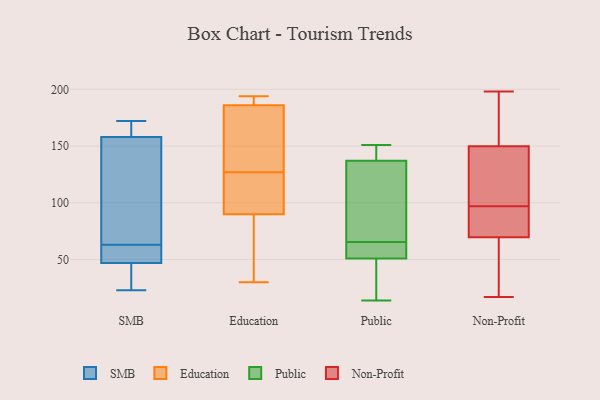
{"axis": {"x": "Production Output", "y": "Value"}, "legend": ["Education", "Non-Profit", "Public", "SMB"], "data": [{"x": "", "y": 52, "type": "SMB"}, {"x": "", "y": 113, "type": "SMB"}, {"x": "", "y": 167, "type": "SMB"}, {"x": "", "y": 37, "type": "SMB"}, {"x": "", "y": 88, "type": "SMB"}, {"x": "", "y": 65, "type": "SMB"}, {"x": "", "y": 42, "type": "SMB"}, {"x": "", "y": 158, "type": "SMB"}, {"x": "", "y": 171, "type": "SMB"}, {"x": "", "y": 61, "type": "SMB"}, {"x": "", "y": 54, "type": "SMB"}, {"x": "", "y": 23, "type": "SMB"}, {"x": "", "y": 76, "type": "SMB"}, {"x": "", "y": 172, "type": "SMB"}, {"x": "", "y": 60, "type": "SMB"}, {"x": "", "y": 164, "type": "SMB"}, {"x": "", "y": 33, "type": "SMB"}, {"x": "", "y": 47, "type": "SMB"}, {"x": "", "y": 128, "type": "Education"}, {"x": "", "y": 102, "type": "Education"}, {"x": "", "y": 194, "type": "Education"}, {"x": "", "y": 90, "type": "Education"}, {"x": "", "y": 62, "type": "Education"}, {"x": "", "y": 163, "type": "Education"}, {"x": "", "y": 30, "type": "Education"}, {"x": "", "y": 193, "type": "Education"}, {"x": "", "y": 126, "type": "Education"}, {"x": "", "y": 186, "type": "Education"}, {"x": "", "y": 14, "type": "Public"}, {"x": "", "y": 51, "type": "Public"}, {"x": "", "y": 62, "type": "Public"}, {"x": "", "y": 151, "type": "Public"}, {"x": "", "y": 65, "type": "Public"}, {"x": "", "y": 137, "type": "Public"}, {"x": "", "y": 141, "type": "Public"}, {"x": "", "y": 46, "type": "Public"}, {"x": "", "y": 66, "type": "Public"}, {"x": "", "y": 94, "type": "Public"}, {"x": "", "y": 126, "type": "Non-Profit"}, {"x": "", "y": 38, "type": "Non-Profit"}, {"x": "", "y": 95, "type": "Non-Profit"}, {"x": "", "y": 97, "type": "Non-Profit"}, {"x": "", "y": 92, "type": "Non-Profit"}, {"x": "", "y": 167, "type": "Non-Profit"}, {"x": "", "y": 153, "type": "Non-Profit"}, {"x": "", "y": 23, "type": "Non-Profit"}, {"x": "", "y": 17, "type": "Non-Profit"}, {"x": "", "y": 91, "type": "Non-Profit"}, {"x": "", "y": 198, "type": "Non-Profit"}, {"x": "", "y": 193, "type": "Non-Profit"}, {"x": "", "y": 66, "type": "Non-Profit"}, {"x": "", "y": 165, "type": "Non-Profit"}, {"x": "", "y": 98, "type": "Non-Profit"}, {"x": "", "y": 81, "type": "Non-Profit"}, {"x": "", "y": 140, "type": "Non-Profit"}, {"x": "", "y": 43, "type": "Non-Profit"}, {"x": "", "y": 119, "type": "Non-Profit"}]}